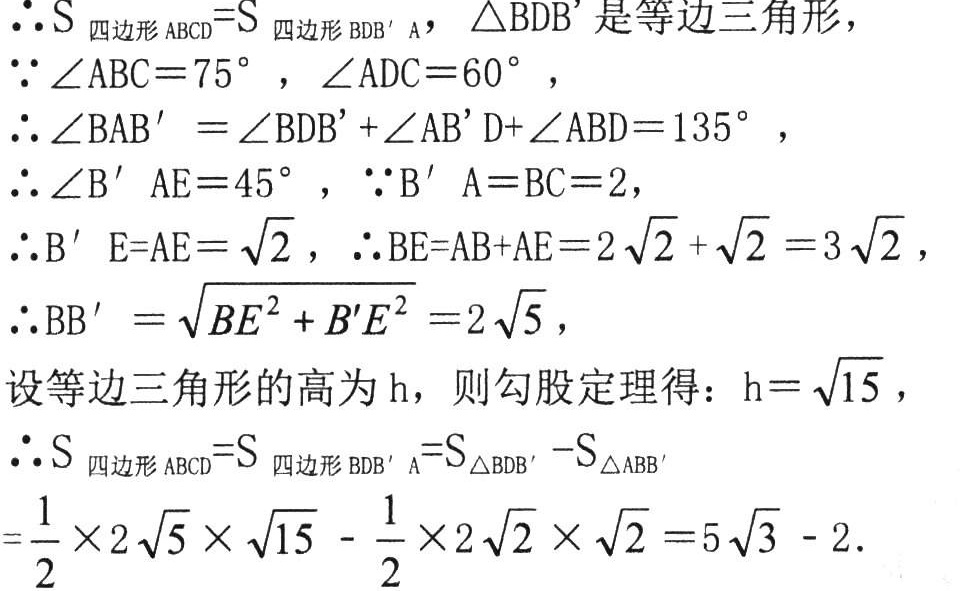
\(\therefore S_{四边形ABCD}=S_{四边形BDB'A}\)，\(\triangle BDB'\)是等边三角形，

\(\because \angle ABC = 75^{\circ}\)，\(\angle ADC = 60^{\circ}\)，

\(\therefore \angle BAB'=\angle BDB'+\angle AB'D+\angle ABD = 135^{\circ}\)，

\(\therefore \angle B'AE = 45^{\circ}\)，\(\because B'A = BC = 2\)，

\(\therefore B'E = AE=\sqrt{2}\)，\(\therefore BE = AB + AE = 2\sqrt{2}+\sqrt{2}=3\sqrt{2}\)，

\(\therefore BB'=\sqrt{BE^{2}+B'E^{2}} = 2\sqrt{5}\)，

设等边三角形的高为\(h\)，则勾股定理得：\(h = \sqrt{15}\)，

\(\therefore S_{四边形ABCD}=S_{四边形BDB'A}=S_{\triangle BDB'}-S_{\triangle ABB'}\)

\(=\frac{1}{2}\times2\sqrt{5}\times\sqrt{15}-\frac{1}{2}\times2\sqrt{2}\times\sqrt{2}=5\sqrt{3}-2\).